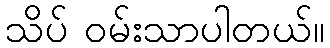
သိပ် ဝမ်းသာပါတယ်။